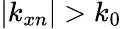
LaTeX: |k_{xn}|>k_{0}